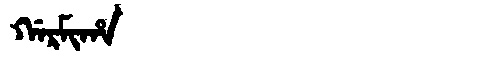
Manchu: ᡤᠠᡵᠮᡳᡥᠠ
Romanization: GARMIHA